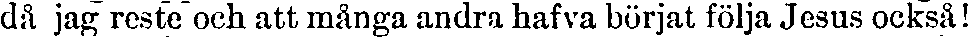
då jag reste och att många andra hafva börjat följa Jesus också!